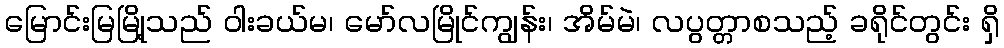
မြောင်းမြမြို့သည် ဝါးခယ်မ၊ မော်လမြိုင်ကျွန်း၊ အိမ်မဲ၊ လပွတ္တာစသည့် ခရိုင်တွင်း ရှိ